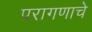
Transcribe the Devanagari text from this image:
परागणाचे